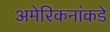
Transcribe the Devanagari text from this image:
अमेरिकनांकडे